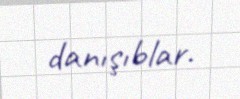
danışıblar.